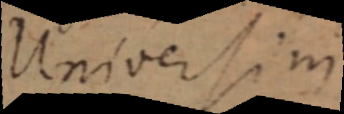
Universim